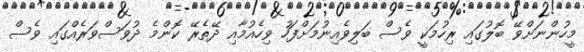
މީހުންނަށްވޭ ބޮލުގައި ރިހުމަކީ ވެސް ބަލިވެއިނުމަށްފަހު ވިހެއުމާއި ދޭތެރޭ ކޮންމެ ދުވަސްވަރެއްގައި ވެސް